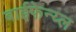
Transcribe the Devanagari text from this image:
बाईफेन्य्ल